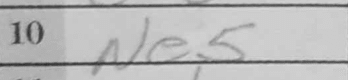
Transcription: Ne5